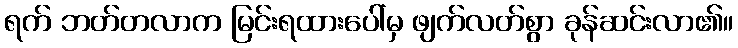
ရက် ဘတ်တလာက မြင်းရထားပေါ်မှ ဖျက်လတ်စွာ ခုန်ဆင်းလာ၏။